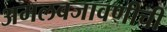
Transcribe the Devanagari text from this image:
अमलबजावणीची